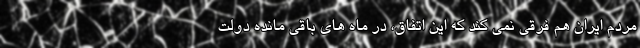
مردم ایران هم فرقی نمی کند که این اتفاق، در ماه های باقی مانده دولت